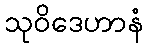
သုဝိဒေဟာနံ